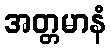
အတ္တမာနံ